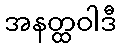
အနတ္ထဝါဒီ